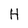
Character: H